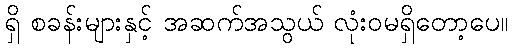
ရှိ စခန်းများနှင့် အဆက်အသွယ် လုံးဝမရှိတော့ပေ။